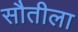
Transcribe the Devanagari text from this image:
सौतीला